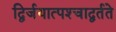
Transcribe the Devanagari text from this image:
द्विर्जयात्पश्‍चाद्वर्तते